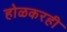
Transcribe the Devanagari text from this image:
होळकरही